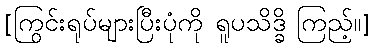
[ကြွင်းရုပ်များပြီးပုံကို ရူပသိဒ္ခိ ကြည့်။]